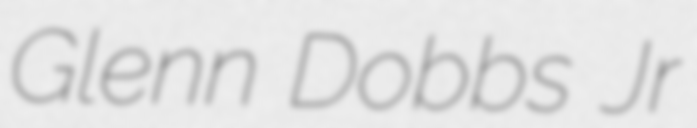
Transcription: Glenn Dobbs Jr